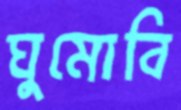
ঘুমোবি